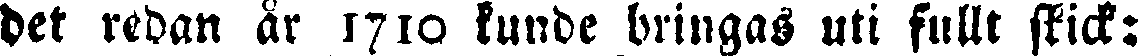
det redan ar 1710 kunde bringas uti fullt stick: